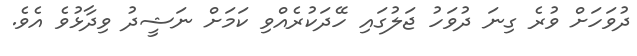
ދުވަހަށް ވުރެ ގިނަ ދުވަހު ޖަލުގައި ހޭދަކުރެއްވި ކަމަށް ނަޝީދު ވިދާޅުވެ އެވެ.